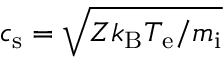
c _ { \mathrm { s } } = \sqrt { Z k _ { \mathrm { B } } T _ { \mathrm { e } } / m _ { \mathrm { i } } }